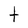
Character: t